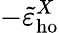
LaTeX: -\tilde{\varepsilon}_{\mathrm{ho}}^{X}